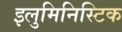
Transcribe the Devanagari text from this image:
इलुमिनिस्टिक